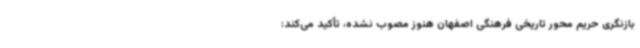
بازنگری حریم محور تاریخی فرهنگی اصفهان هنوز مصوب نشده، تأکید می‌کند: